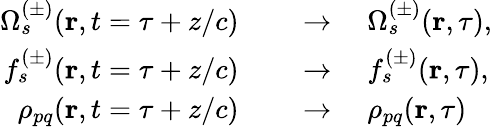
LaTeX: \begin{array}{rl}{\Omega_{s}^{(\pm)}(\textbf{r},t=\tau+z/c)\quad}&{{}\to\quad\Omega_{s}^{(\pm)}(\textbf{r},\tau),}\\ {f_{s}^{(\pm)}(\textbf{r},t=\tau+z/c)\quad}&{{}\to\quad f_{s}^{(\pm)}(\textbf{r},\tau),}\\ {\rho_{pq}(\textbf{r},t=\tau+z/c)\quad}&{{}\to\quad\rho_{pq}(\textbf{r},\tau)}\end{array}